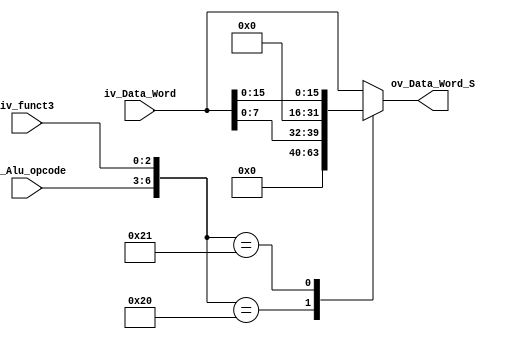
module Width_Word_S (
	input [31:0] iv_Data_Word,
	input[3:0] iv_Alu_opcode,  // Bits 6,5,4 y 2 del Opcode
	input [2:0] iv_funct3,  //Bits 14:12 de las instrucciones
	output [31:0] ov_Data_Word_S


);

reg [31:0] ov_Data_Word_Q;

assign ov_Data_Word_S = ov_Data_Word_Q;
always@*
begin
	case({iv_Alu_opcode,iv_funct3})
		7'b0100_000: ov_Data_Word_Q = {24'b0,iv_Data_Word[7:0]}; //sb
		7'b0100_001: ov_Data_Word_Q = {16'b0,iv_Data_Word[15:0]};//sh
		7'b0100_010: ov_Data_Word_Q = iv_Data_Word;		 //sw
		default ov_Data_Word_Q = iv_Data_Word;
	endcase

end



endmodule